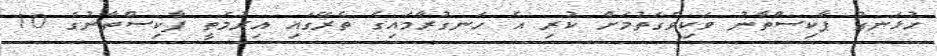
ހުޅަނގު ޕާކިސްތާނު ވަކިވެގަތުމަށް ކުރި އެ ހަނގުރާމައިގެ ތެރޭގައި އިރުމަތީ ޕާކިސްތާނުގެ 10